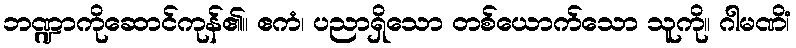
ဘဏ္ဍာကိုဆောင်ကုန်၏။ ဧကံ၊ ပညာရှိသော တစ်ယောက်သော သူကို။ ဂါမဏိံ၊